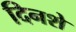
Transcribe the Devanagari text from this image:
दिनशे